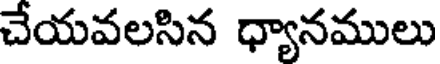
చేయవలసిన ధ్యానములు